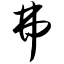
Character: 弗